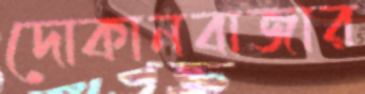
দোকানবাজার